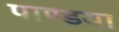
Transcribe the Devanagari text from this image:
पाण्डया